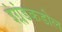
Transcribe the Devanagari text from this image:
इंग्लंडकडील